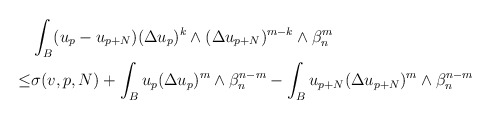
\begin{align*} \begin{aligned} &\int_{B}(u_p-u_{p+N})(\Delta u_p)^k\wedge(\Delta u_{p+N})^{m-k}\wedge\beta_n^m \\\leq & \sigma(v,p, N)+\int_B u_p(\Delta u_p)^m\wedge\beta_n^{n-m}-\int_B u_{p+N}(\Delta u_{p+N})^m\wedge\beta_n^{n-m}\end{aligned} \end{align*}